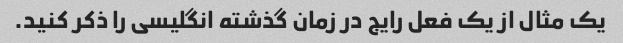
یک مثال از یک فعل رایج در زمان گذشته انگلیسی را ذکر کنید.